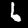
Label: 6